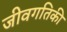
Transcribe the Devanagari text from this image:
जीवगतिकी